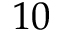
1 0